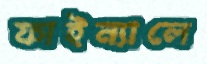
ফাইন্যালে